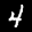
Label: 4